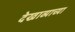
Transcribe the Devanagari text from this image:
देखाव्याच्या